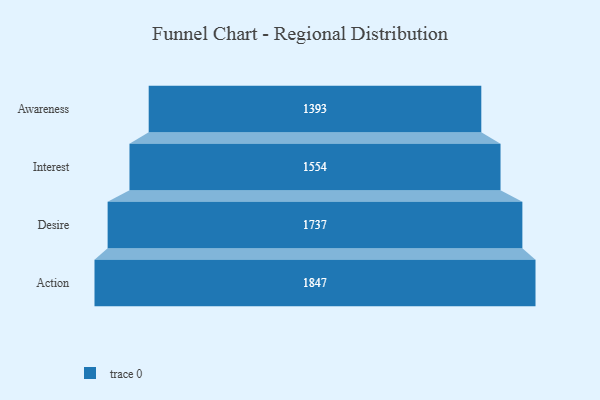
{"axis": {"x": "Stage", "y": "Value"}, "legend": [""], "data": [{"x": "Awareness", "y": 1393.0, "type": ""}, {"x": "Interest", "y": 1554.0, "type": ""}, {"x": "Desire", "y": 1737.0, "type": ""}, {"x": "Action", "y": 1847.0, "type": ""}]}